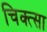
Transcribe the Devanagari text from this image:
चिक्त्सा